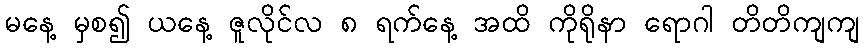
မနေ့ မှစ၍ ယနေ့ ဇူလိုင်လ ၈ ရက်နေ့ အထိ ကိုရိုနာ ရောဂါ တိတိကျကျ